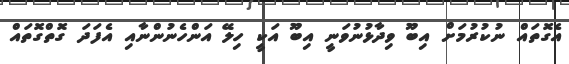
އެގޮތައް ނުކުރުމަށް އިބޫ ވިދާޅުނުވަނީ އިބޫ އަކީ ހިލޭ އަންހެނުންނާއި އެފަދަ ގޮތްގޮތައް